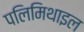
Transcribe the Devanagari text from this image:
पलिमिथाइल